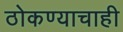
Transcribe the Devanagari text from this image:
ठोकण्याचाही